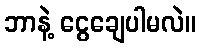
ဘာနဲ့ ငွေချေပါမလဲ။